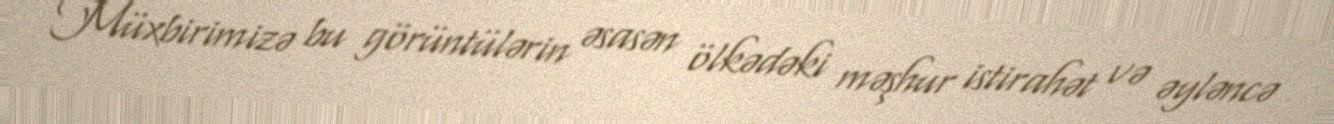
Müxbirimizə bu görüntülərin əsasən ölkədəki məşhur istirahət və əyləncə